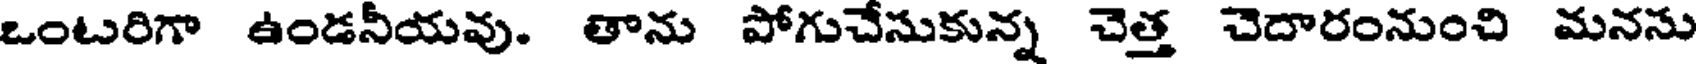
ఒంటరిగా ఉండనీయవు. తాను పోగుచేసుకున్న చెత్త చెదారంనుంచి మనను